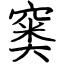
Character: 窭